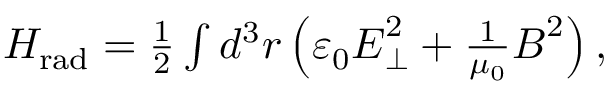
\begin{array} { r } { H _ { \mathrm { r a d } } = \frac { 1 } { 2 } \int d ^ { 3 } \boldsymbol { r } \left( \varepsilon _ { 0 } \boldsymbol { E } _ { \perp } ^ { 2 } + \frac { 1 } { \mu _ { 0 } } \boldsymbol { B } ^ { 2 } \right) , } \end{array}